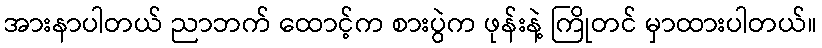
အားနာပါတယ် ညာဘက် ထောင့်က စားပွဲက ဖုန်းနဲ့ ကြိုတင် မှာထားပါတယ်။